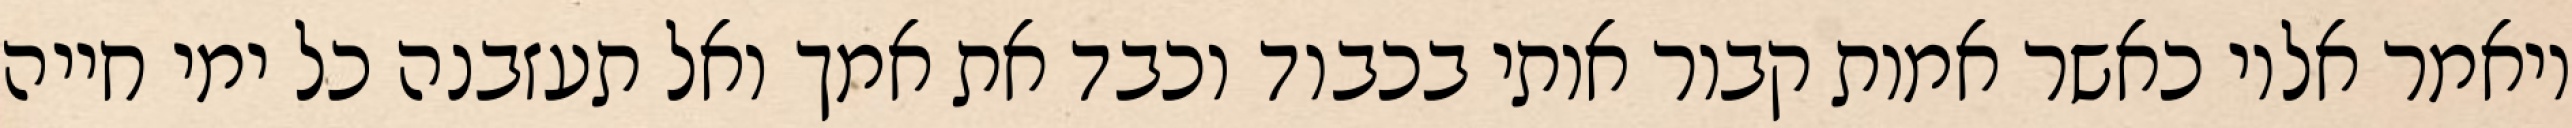
ויאמר אליו כאשר אמות קבור אותי בכבוד וכבד את אמך ואל תעזבנה כל ימי חייה